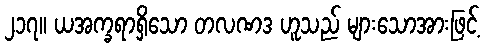
၂၁၇။ ယအက္ခရာရှိသော တလဏဒ ဟူသည် များသောအားဖြင့်